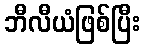
ဘီလီယံဖြစ်ပြီး